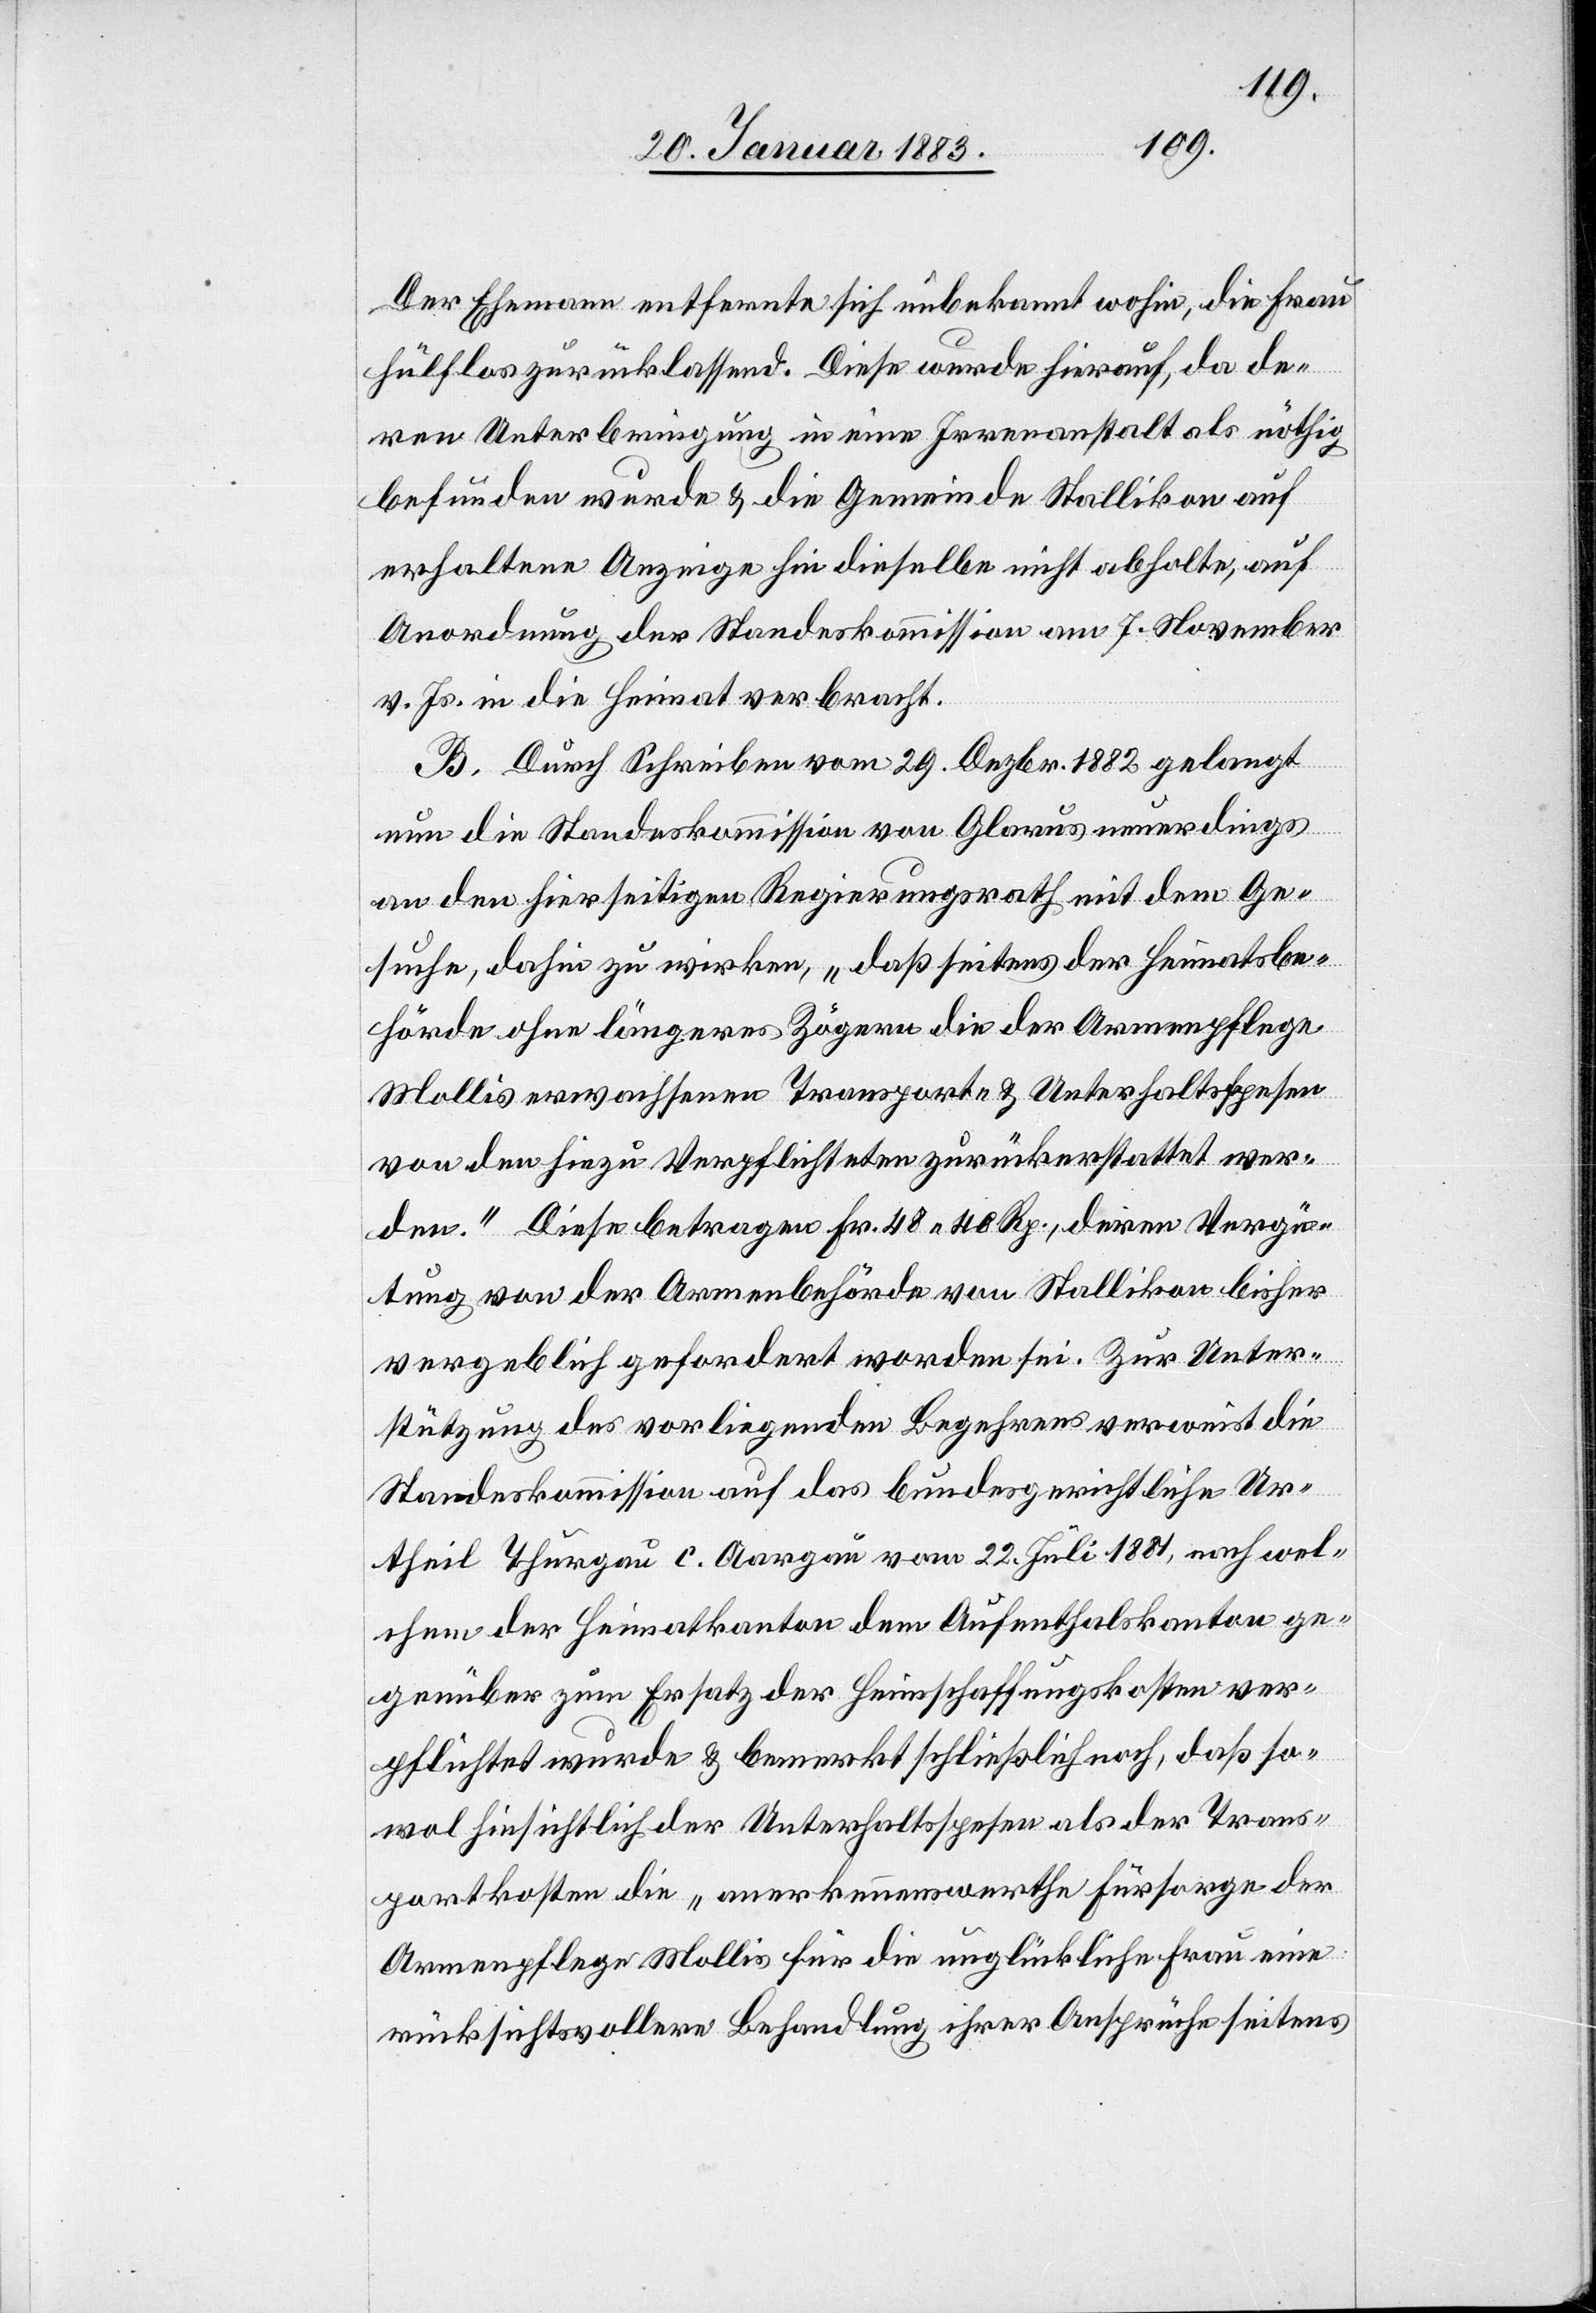
Der Ehemann entfernte sich unbekannt wohin, die Frau
hülflos zurücklassend. Diese wurde hierauf, da de¬
ren Unterbringung in eine Irrenanstalt als nöthig
befunden wurde & die Gemeinde Stallikon auf
erhaltene Anzeige hin dieselbe nicht abholte, auf
Anordnung der Standeskommission am 7. November
v. Js. in die Heimat verbracht.
B. Durch Schreiben vom 29. Dezbr. 1882 gelangt
nun die Standeskommission von Glarus neuerdings
an den hierseitigen Regierungsrath mit dem Ge¬
suche, dahin zu wirken, „daß seitens der Heimatsbe¬
hörde ohne längeres Zögern die der Armenpflege
Mollis erwachsenen Transport- & Unterhaltsspesen
von den hiezu Verpflichteten zurückerstattet wer¬
den.“ Diese betragen Fr. 48 40 Rp., deren Vergü¬
tung von der Armenbehörde von Stallikon bisher
vergeblich gefordert worden sei. Zur Unter¬
stützung des vorliegenden Begehrens verweist die
Standeskommission auf das bundesgerichtliche Ur¬
theil Thurgau c. Aargau vom 22. Juli 1881, nach wel¬
chem der Heimatkanton dem Aufenthalskanton
gegenüber zum Ersatz der Heimschaffungskosten ver¬
pflichtet wurde & bemerkt schließlich noch, daß so¬
wol hinsichtlich der Unterhaltsspesen als der Trans¬
portkosten die „anerkennenswerthe Fürsorge der
Armenpflege Mollis für die unglückliche Frau eine
rücksichtsvollere Behandlung ihrer Ansprüche seitens